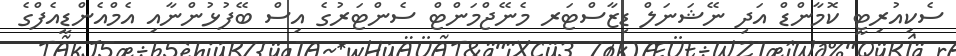
ސެކިއުރިޓީ ކޮމާންޑް އަދި ނޭޝަނަލް ޑިޒާސްޓަރ މެނޭޖްމަންޓް ސެންޓަރުގެ އިސް ބޭފުޅުންނާއި އެމްއެންޑީއެފްގެ